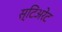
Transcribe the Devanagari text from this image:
स्टिअरेट